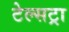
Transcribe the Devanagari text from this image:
टेल्‍सट्रा